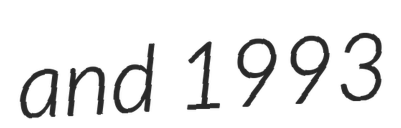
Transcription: and 1993